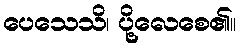
ပေသေသိ၊ ပို့လေစေ၏။